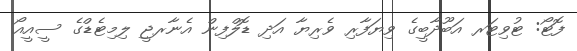
ފޮޓޯ: ޓުވިޓަރ އަބޫދާބީގެ ވިޔަފާރި ވެރިޔާ އަދި ޑޮލްފިން އެނާރޖީ ލިމިޓެޑްގެ ސީއީއޯ